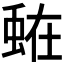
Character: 𮔒